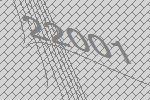
22001